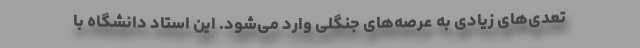
تعدی‌های زیادی به عرصه‌های جنگلی وارد می‌شود. این استاد دانشگاه با